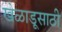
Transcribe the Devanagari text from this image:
खेळाडूसाठी